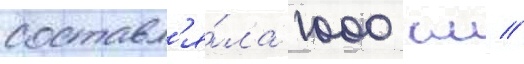
составл'я́ла 1000 км /